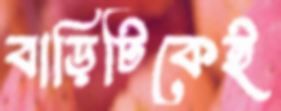
বাড়িটিকেই